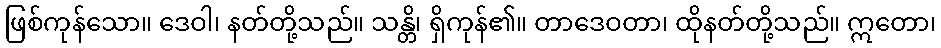
ဖြစ်ကုန်သော။ ဒေဝါ၊ နတ်တို့သည်။ သန္တိ၊ ရှိကုန်၏။ တာဒေဝတာ၊ ထိုနတ်တို့သည်။ ဣတော၊